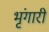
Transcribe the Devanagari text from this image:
भृंगारी